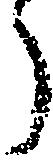
う